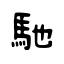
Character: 馳